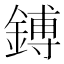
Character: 鎛